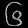
Digit: ၆